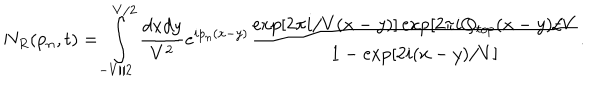
N _ { R } ( p _ { n } , t ) = \int _ { - V / 2 } ^ { V / 2 } \frac { d x d y } { V ^ { 2 } } e ^ { i p _ { n } ( x - y ) } \frac { \exp [ 2 \pi i / V ( x - y ) ] \exp [ 2 \pi i Q _ { t o p } ( x - y ) / V } { 1 - \exp [ 2 i ( x - y ) / V ] } .